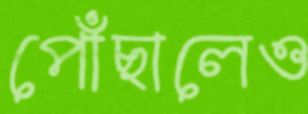
পোঁছালেও